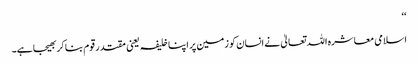
‘‘
اسلامی معاشرہ اللہ تعالیٰ نے انسان کو زمین پر اپنا خلیفہ یعنی مقتدر قوم بنا کر بھیجا ہے۔